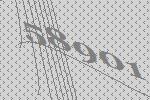
58901